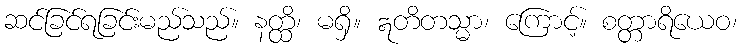
ဆင်ခြင်ရခြင်းမည်သည်။ နတ္ထိ၊ မရှိ။ ဣတိတသ္မာ၊ ကြောင့်။ စတ္တာရိယေဝ၊